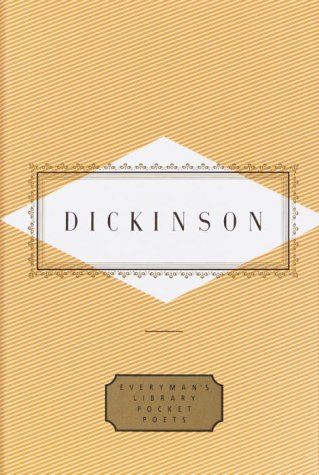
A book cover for Dickinson: Poems (Everyman's Library Pocket Poets); Emily Dickinson; Literature & Fiction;